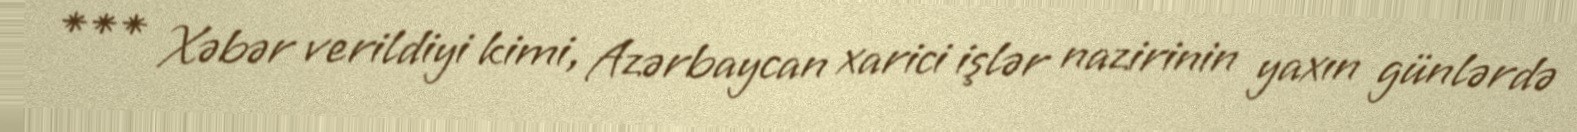
*** Xəbər verildiyi kimi, Azərbaycan xarici işlər nazirinin yaxın günlərdə